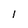
Character: l